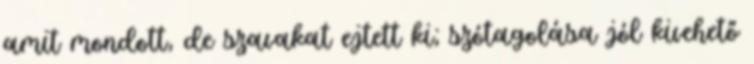
amit mondott, de szavakat ejtett ki; szótagolása jól kivehető